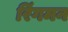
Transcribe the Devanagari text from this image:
रिंगमन